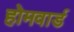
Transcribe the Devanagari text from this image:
होमवार्ड